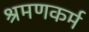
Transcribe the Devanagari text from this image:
श्रमणकर्म